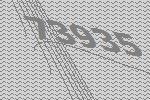
73935